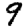
Digit: 9